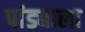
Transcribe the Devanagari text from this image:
पांड्याला